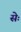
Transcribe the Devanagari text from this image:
सेः